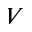
V